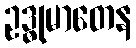
ဥဒ္ဓုမာတေန